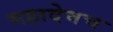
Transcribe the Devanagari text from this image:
महादेवच